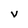
Character: V